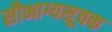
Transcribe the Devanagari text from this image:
सौभाग्यसूचक